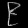
Digit: ၉